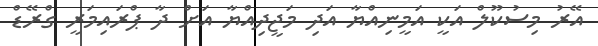
އޭރު މިސުކޫލް އަކީ އަމީނިއްޔާ އަދި މަޖީދިއްޔާ އަށް ދާ ޕްރައިމަރީ ގްރޭޑް